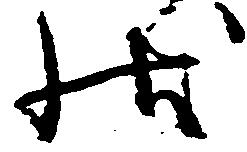
状